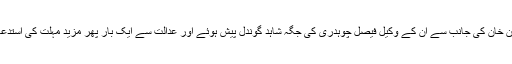
عمران خان کی جانب سے ان کے وکیل فیصل چوہدری کی جگہ شاہد گوندل پیش ہوئے اور عدالت سے ایک بار پھر مزید مہلت کی استدعا کی۔